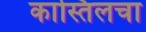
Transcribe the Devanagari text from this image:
कास्तिलचा